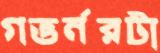
গভর্নরটা